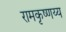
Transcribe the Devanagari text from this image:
रामकृष्णय्य